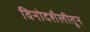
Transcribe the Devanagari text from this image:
विनोदशैलीतून